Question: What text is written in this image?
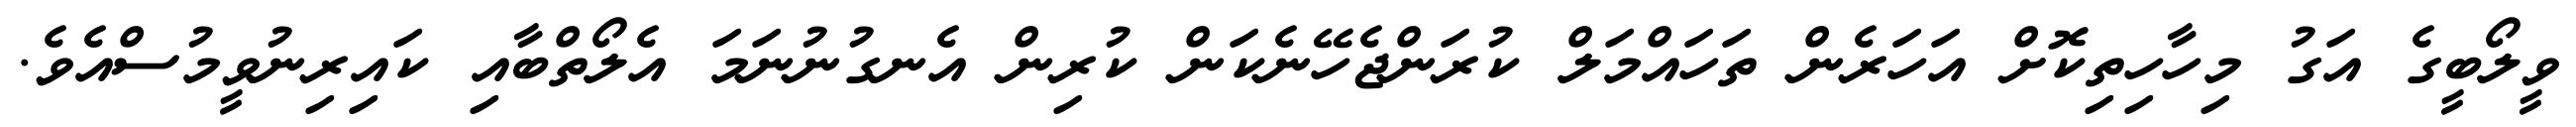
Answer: ވީލޯބީގެ އަގު މިހާހިތިކޮށް އަހަރެން ތަހައްމަލް ކުރަންޖެހޭނެކަން ކުރިން އެނގުނުނަމަ އެލޯތްބާއި ކައިރިނުވީމުސްއެވެ.